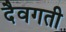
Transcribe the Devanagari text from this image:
दैवगती